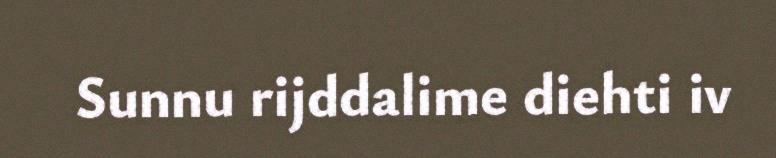
Sunnu rijddalime diehti iv